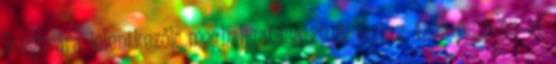
Zongorára jelentkezők meghallgatása 2018. június 4-én és 5-én 14